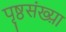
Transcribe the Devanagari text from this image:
पृष्ठसंख्य़ा